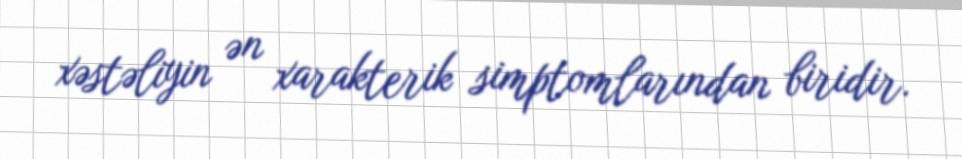
xəstəliyin ən xarakterik simptomlarından biridir.